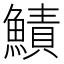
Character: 鰿